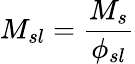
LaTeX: M_{sl}={\frac{M_{s}}{\phi_{sl}}}